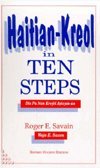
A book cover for Haitian Kreyol in Ten Steps: Dis Pa Nan Kreyol Ayisyen-An; Roger E. Savain; Travel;